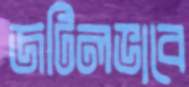
জটিলভাবে